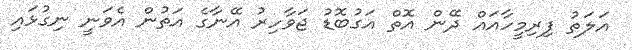
އަލަތު ފިރިމީހާއައް ދޭން އޮތް އަގުބޮޑު ޖަވާހިރު އޭނާގެ އަތުން އެވަނީ ނިގުޅައި